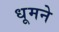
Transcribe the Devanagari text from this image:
धूमने